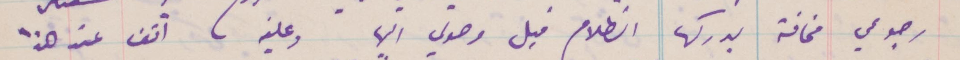
رجوعي مخافة يدركها الظلام قبل وصولي اليها وعليه انا اقف عند هذا